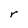
Character: r